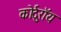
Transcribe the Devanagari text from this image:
कोर्दुरॉय